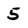
Character: 5